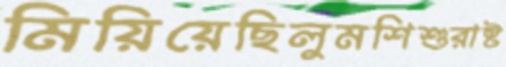
মিয়িয়েছিলুমশিশুরাষ্ট